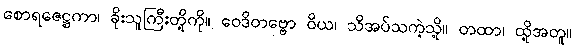
စောရဇေဋ္ဌကာ၊ ခိုးသူကြီးတို့ကို။ ဝေဒိတဗ္ဗော ဝိယ၊ သိအပ်သကဲ့သို့။ တထာ၊ ထို့အတူ။